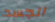
الجسد